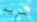
تريد